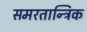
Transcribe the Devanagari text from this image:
समरतान्त्रिक